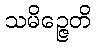
သမိဉ္ဇေတိ